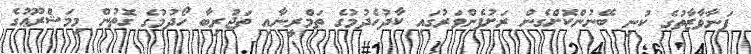
ފަނާވާޒާތުގެ ކުނި ބޭނުންކޮށްގެން ރަށުފެންވަރުގައި ކާދުހެދުމުގެ ތަމްރީނާއި ތަޖުރިބާ ހޯދުމުގެ ގޮތުން މިމަޝްރޫޢުގެ